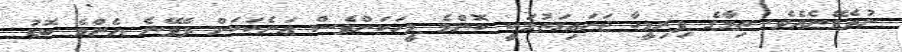
ނުދެވޭނެއެވެ. ތިމާގެ ފިރިމީހާ ޖަހައިގަތުމަކީ ކޮންމެ މީހަކަށްވެސް އަނެކަކަށް ދެވޭނެ އެންމެ ބޮޑު